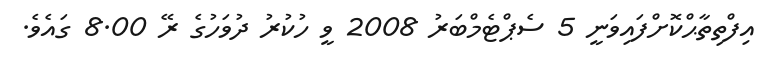
އިފްތިތާޙްކޮށްފައިވަނީ 5 ސެޕްޓެމްބަރު 2008 ވީ ހުކުރު ދުވަހުގެ ރޭ 8.00 ގައެވެ.